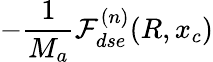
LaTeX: -\frac{1}{M_{a}}\mathcal{F}_{dse}^{(n)}(R,x_{c})